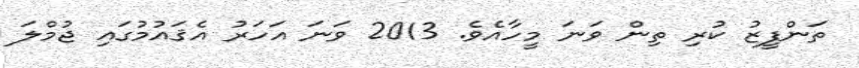
ތަންފީޒު ކުރި ތިން ވަނަ މީހާއެވެ. 2013 ވަނަ އަހަރު އެޤައުމުގައި ޖުމްލަ